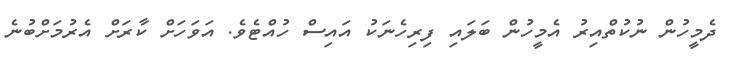
ދެމީހުން ނުކުތްއިރު އެމީހުން ބަލައި ފިރިހެނަކު އައިސް ހުއްޓެވެ. އަވަހަށް ކާރަށް އެރުމަށްބުނެ